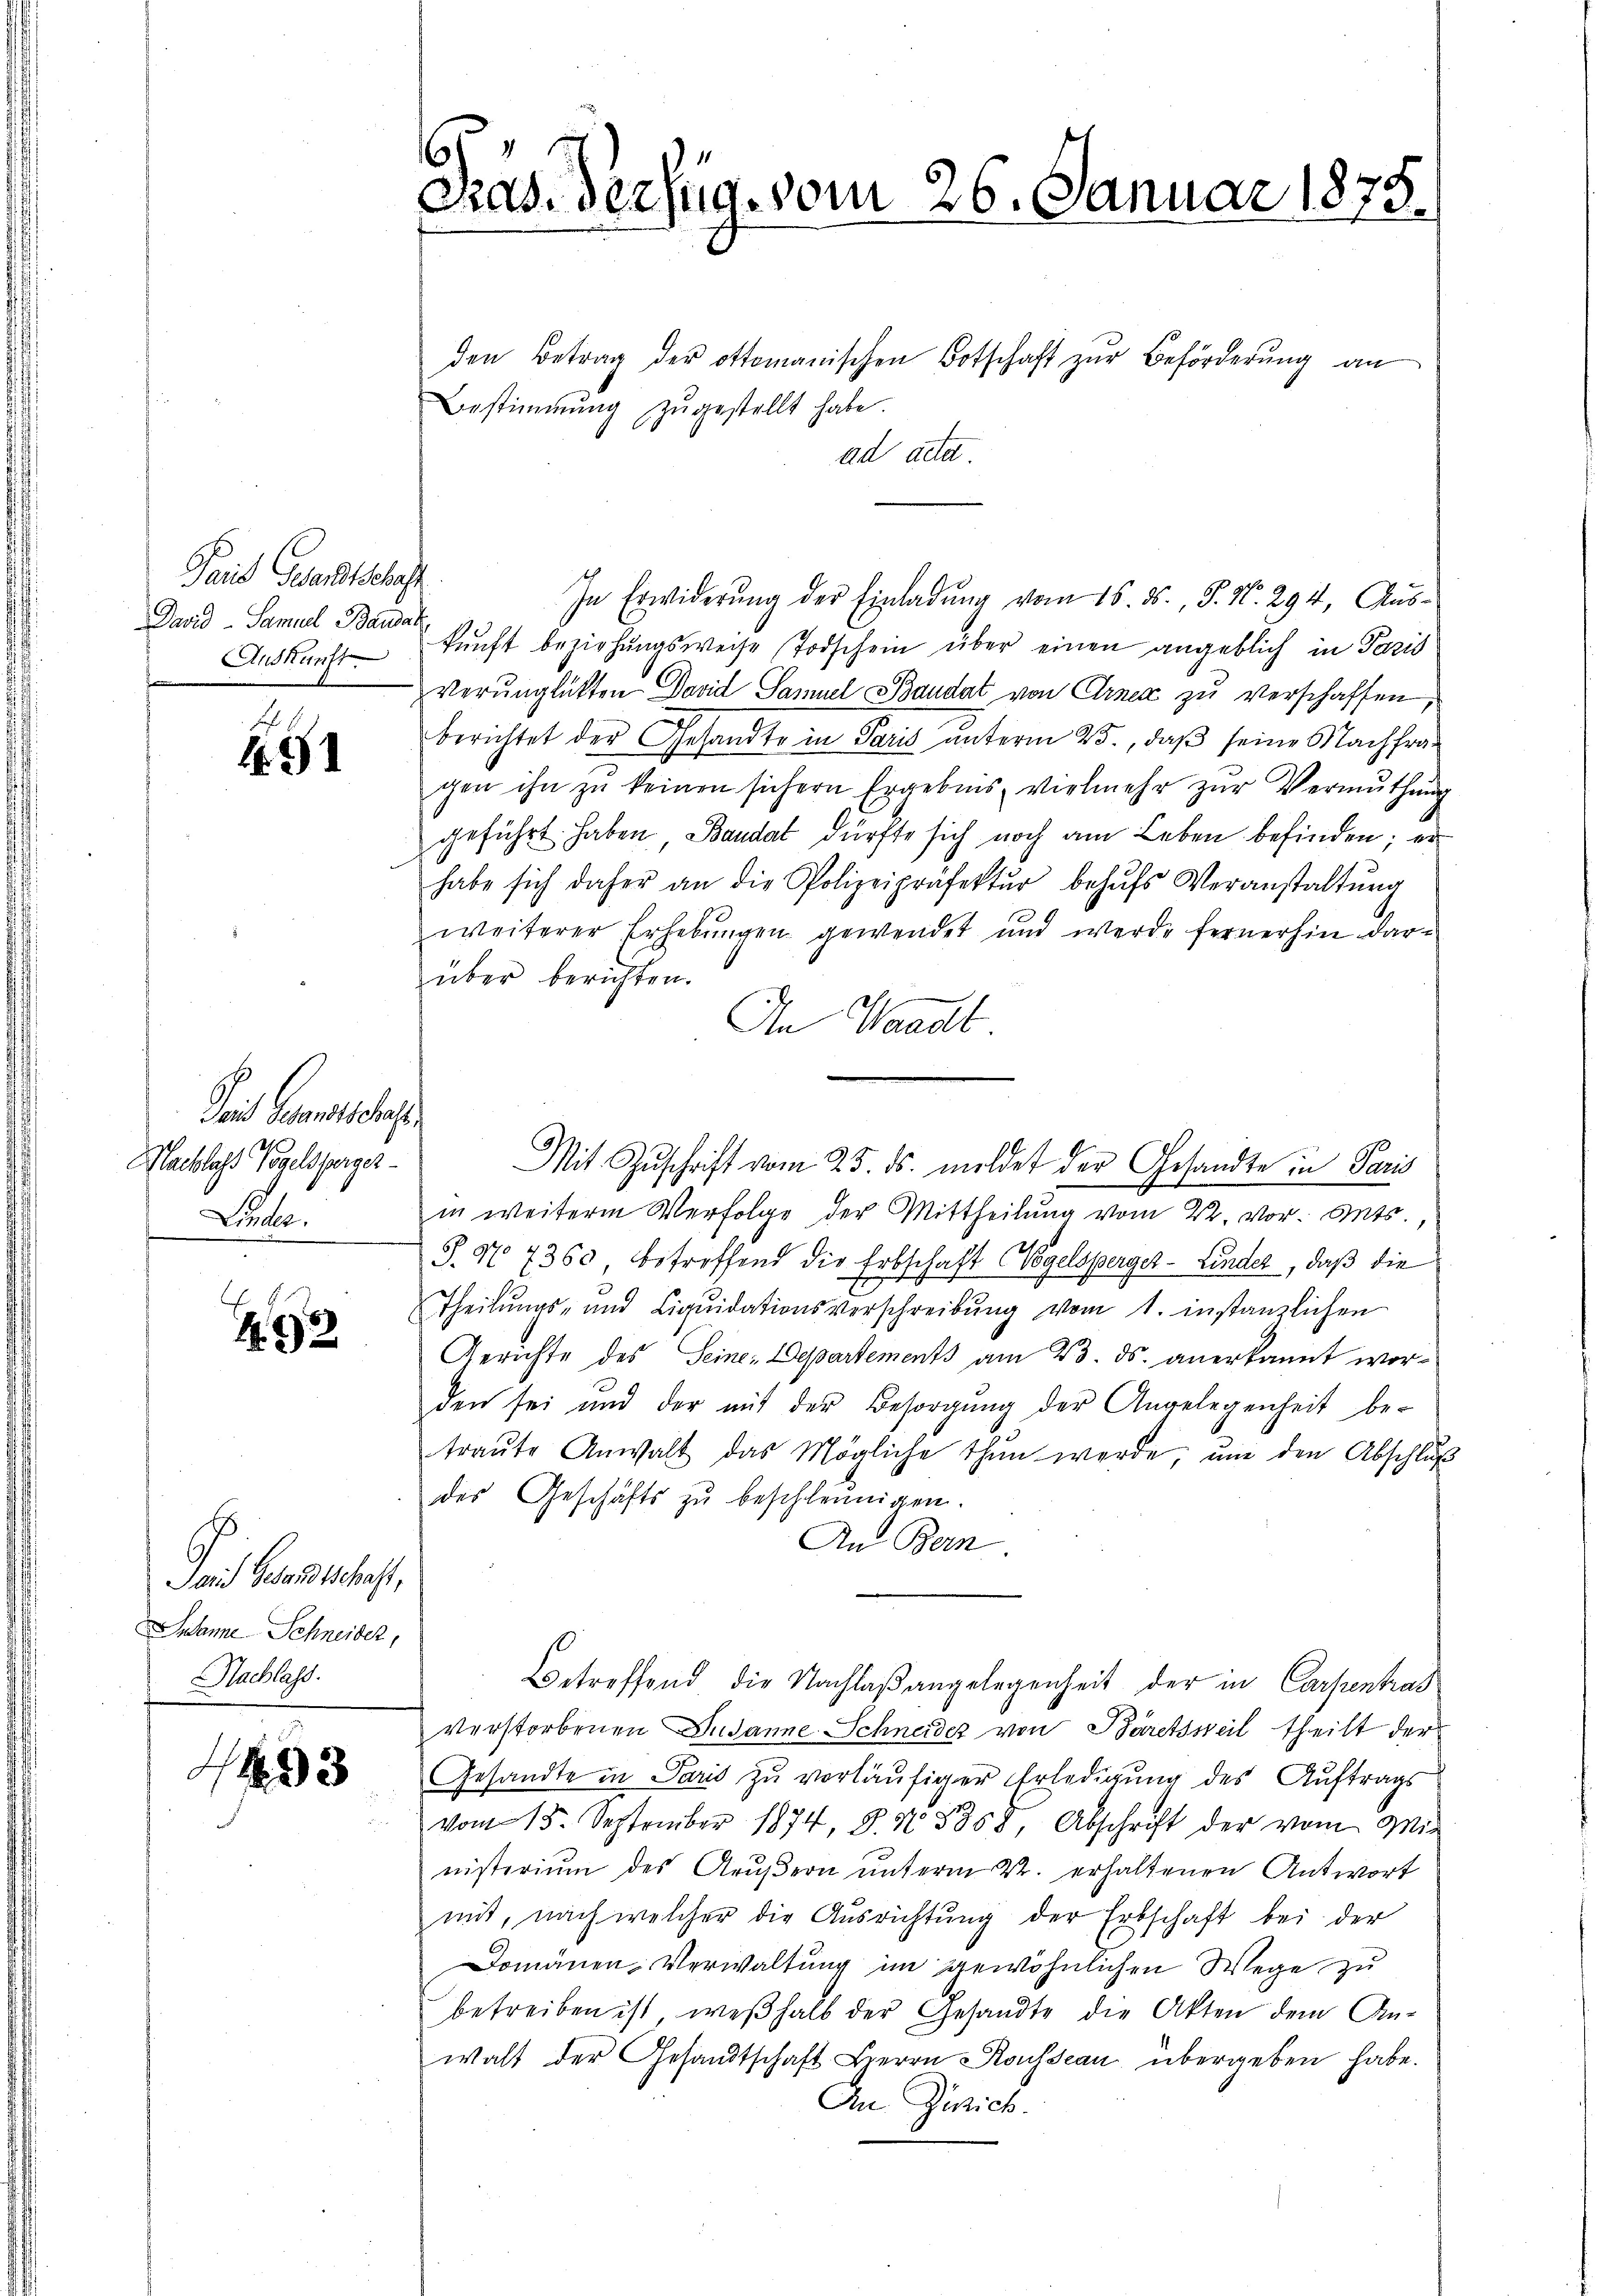
Taid Gesandtschaft
David Samuel Bauda
Auskunft

1

Tait Gesandtschaf
Nachlags Vogelsperger¬
Linder.

292

Taid Gesandtschaft,
ndamne Schneider,
Nachlass.

3

6
Gras derzug vom 26. Januar 1878.

den Betrag der Ottomanischen Botschaft zŭr Beförderŭng an
Bestimmung zŭgestellt habe.
ad acta
In Erwiderung der Einladung vom 15. ds. J. N. 294, Auskunft beziehungsweise Todschein über einen angeblich in Pazis
Verunglükten David Samuel Baudat von Arnex zu verschaffen,
berichtet der Gesandte in Paris unterm 25., daß seine Nachfragen ihn zu keinen sichern Ergebnis vielmehr zur Vermuthung
geführt haben, Bandat dürfte sich noch am Leben befinden; er
habe sich daher an die Polizeipräfektŭr behŭfs Veranstaltŭng
weiterer Erhebŭngen gewendet und werde fernerhin daru
über berichten.
An Waadt
in weiterm Verfolge der Mittheilŭng vom 22. vor. Mts.
S.N 7360 betroffend die Erbschaft Vogelsperger-Linder, daß die
E
Theilŭngs- und Liqŭidationsverschreibŭng vom 1. instanzlichen
Gerichte des Seine Departements am 23. ds. anerkannt worden sei und der mit der Besorgŭng der Angelegenheit be-
traŭte Anwalt das Mögliche thun werde, ŭm den Abschlŭβ
des Geschäfts zu beschleunigen.
An Bern
Betreffend die Nachlaßangelegenheit der in Carpentras
verstorbenen Susanne Schneider von Bäretsweil theilt der
Gesandte in Paris zu vorläufiger Erledigung des Auftrags
vom 15. September 1874, S. Nr. 5858 Abschrift der vom Mit
nisterium des Aeußern unterm 22. erhaltenen Antwort
mit, nach welcher die Ausrichtung der Erbschaft bei der
Domänen Verwaltung im gewöhnlichen Wege zu
betreiben ist, weshalb der Gesandte die Akten dem An-
walt der Gesandtschaft Herrn Rousseau übergeben habe.
An Zürich.

Mit Zŭschrift vom 25. ds. meldet der Gesandte in Paris